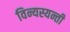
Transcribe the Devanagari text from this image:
विन्यस्यन्ती